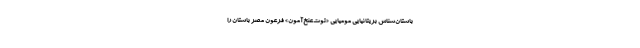
باستان‌شناس بریتانیایی مومیایی «توت‌عنخ‌آمون» فرعون مصر باستان را